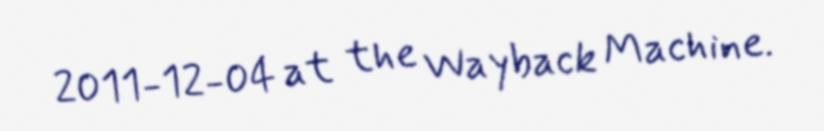
2011-12-04 at the Wayback Machine.